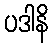
ပဒါနိ